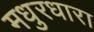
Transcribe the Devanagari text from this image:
मधुरधारा